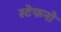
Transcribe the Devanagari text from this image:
स्टेफनो